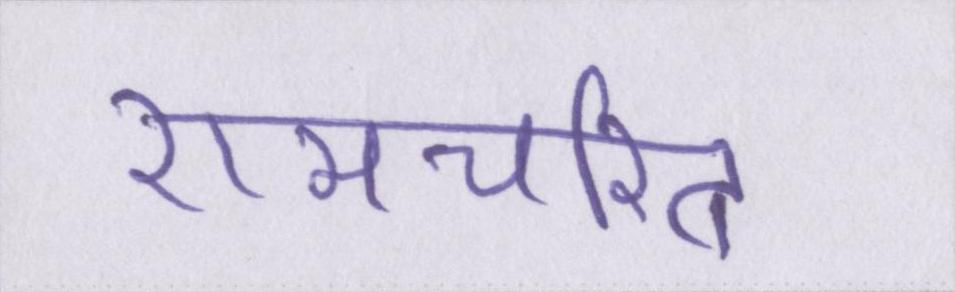
रामचरित